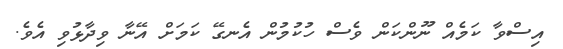
އިސްވާ ކަމެއް ނޫންކަން ވެސް ހުކުމުން އެނގޭ ކަމަށް އޭނާ ވިދާޅުވި އެވެ.